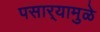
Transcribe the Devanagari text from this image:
पसार्‍यामुळे